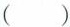
()